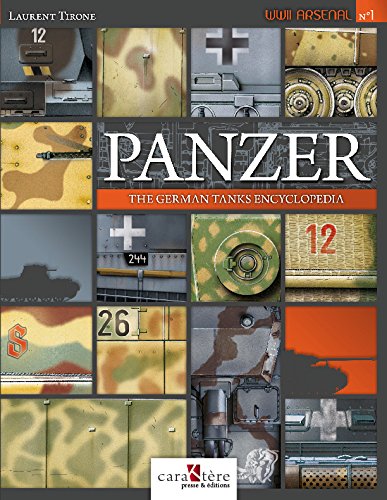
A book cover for Panzer : the German tanks encyclopedia; Laurent TIRONE; Reference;